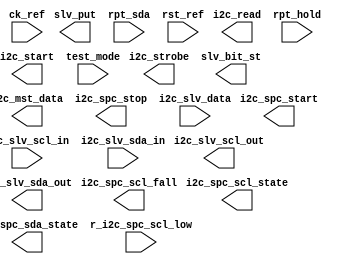
module autoinst_vertrees_slv
  (/*AUTOARG*/
   // Outputs
   i2c_mst_data, i2c_read, i2c_slv_scl_out, i2c_slv_sda_out, i2c_spc_scl_state, i2c_start,
   i2c_strobe, slv_bit_st, slv_put, i2c_spc_scl_fall, i2c_spc_sda_state, i2c_spc_start,
   i2c_spc_stop,
   // Inputs
   ck_ref, i2c_slv_data, i2c_slv_scl_in, i2c_slv_sda_in, r_i2c_spc_scl_low, rpt_hold, rpt_sda,
   rst_ref, test_mode
   );

   input                 ck_ref;                 // To u_spc of i2c_slv_pin_ctrl.v, ...
   input [7:0] 		 i2c_slv_data;           // To u_misc of ddc_slv_misc.v
   input                 i2c_slv_scl_in;         // To u_spc of i2c_slv_pin_ctrl.v
   input                 i2c_slv_sda_in;         // To u_spc of i2c_slv_pin_ctrl.v
   input [4:0] 		 r_i2c_spc_scl_low;      // To u_spc of i2c_slv_pin_ctrl.v
   input                 rpt_hold;               // To u_misc of ddc_slv_misc.v
   input                 rpt_sda;                // To u_misc of ddc_slv_misc.v
   input                 rst_ref;                // To u_spc of i2c_slv_pin_ctrl.v, ...
   input                 test_mode;              // To u_spc of i2c_slv_pin_ctrl.v
   
   output [7:0] 	 i2c_mst_data;           // From u_misc of ddc_slv_misc.v
   output                i2c_read;               // From u_misc of ddc_slv_misc.v
   output                i2c_slv_scl_out;        // From u_spc of i2c_slv_pin_ctrl.v
   output                i2c_slv_sda_out;        // From u_spc of i2c_slv_pin_ctrl.v
   output                i2c_spc_scl_state;      // From u_spc of i2c_slv_pin_ctrl.v
   output                i2c_start;              // From u_misc of ddc_slv_misc.v
   output                i2c_strobe;             // From u_misc of ddc_slv_misc.v
   output                slv_bit_st;             // From u_misc of ddc_slv_misc.v
   output                slv_put;                // From u_misc of ddc_slv_misc.v
   output                i2c_spc_scl_fall;       // From u_spc of i2c_slv_pin_ctrl.v
   output                i2c_spc_sda_state;      // From u_spc of i2c_slv_pin_ctrl.v
   output                i2c_spc_start;          // From u_spc of i2c_slv_pin_ctrl.v
   output                i2c_spc_stop;           // From u_spc of i2c_slv_pin_ctrl.v
   
endmodule